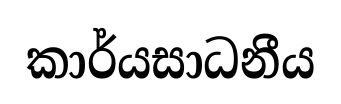
කාර්යසාධනීය